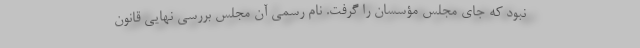
نبود که جای مجلس مؤسسان را گرفت. نام رسمی آن مجلس بررسی نهایی قانون